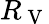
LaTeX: R_{\mathrm{~V~}}